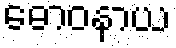
ဓောဝနာယ